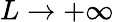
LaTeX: L\to+\infty